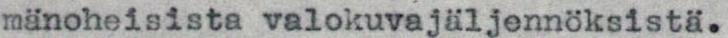
mänoheisista valokuvajäljennöksistä.